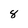
Character: 8